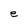
Character: e